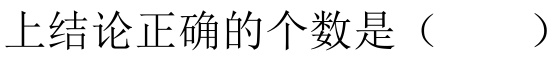
上结论正确的个数是（  ）